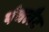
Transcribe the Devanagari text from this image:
पंचलैट